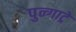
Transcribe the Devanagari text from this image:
पुन्गाट्रे